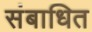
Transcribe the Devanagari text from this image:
संबाधित